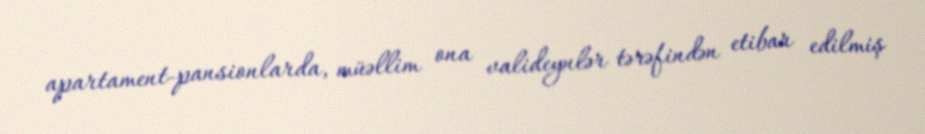
apartament-pansionlarda, müəllim ona valideynlər tərəfindən etibar edilmiş